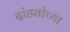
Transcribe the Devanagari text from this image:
दांड्यांच्या